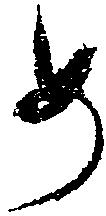
め